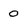
Character: 0